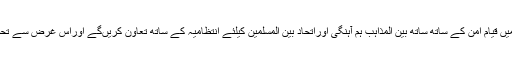
نومنتخب کابینہ نے عہدکیاکہ آئین کے مطابق ضلع شانگلہ میں قیام امن کے ساتھ ساتھ بین المذاہب ہم آہنگی اوراتحاد بین المسلمین کیلئے انتظامیہ کے ساتھ تعاون کریںگے اوراس غرض سے تحصیل اوریونین کونسل کی سطح پرکمیٹیاں قائم کی جائیںگی۔